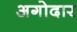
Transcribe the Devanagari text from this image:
अगोदार